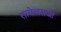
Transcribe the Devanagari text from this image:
तावेलसजो